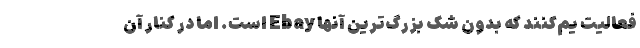
فعالیت یم‌کنند که بدون شک بزرگ‌ترین آنها Ebay است. اما در کنار آن